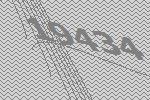
19434